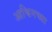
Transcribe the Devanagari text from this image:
आश्विनच्या